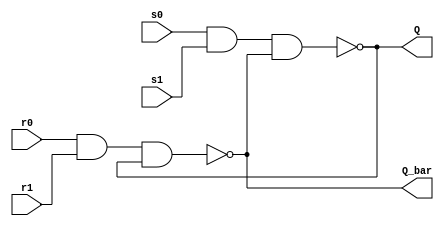
module SR_latch2(Q, Q_bar, s0, s1, r0, r1);
	output Q, Q_bar;
	input s0, s1, r0, r1;

	parameter DELAY_1 = 0;
	parameter DELAY_2 = 0;

	nand #(DELAY_1) NAND1(Q, s0, s1, Q_bar);
	nand #(DELAY_2) NAND2(Q_bar, r0, r1, Q);

endmodule